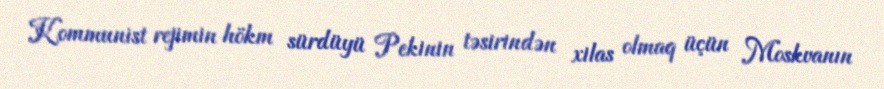
Kommunist rejimin hökm sürdüyü Pekinin təsirindən xilas olmaq üçün Moskvanın